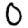
Digit: 0